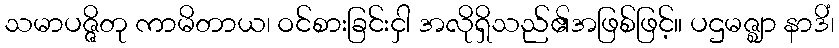
သမာပဇ္ဇိတု ကာမိတာယ၊ ဝင်စားခြင်းငှါ အလိုရှိသည်၏အဖြစ်ဖြင့်။ ပဌမဇ္ဈာ နာဒိံ၊